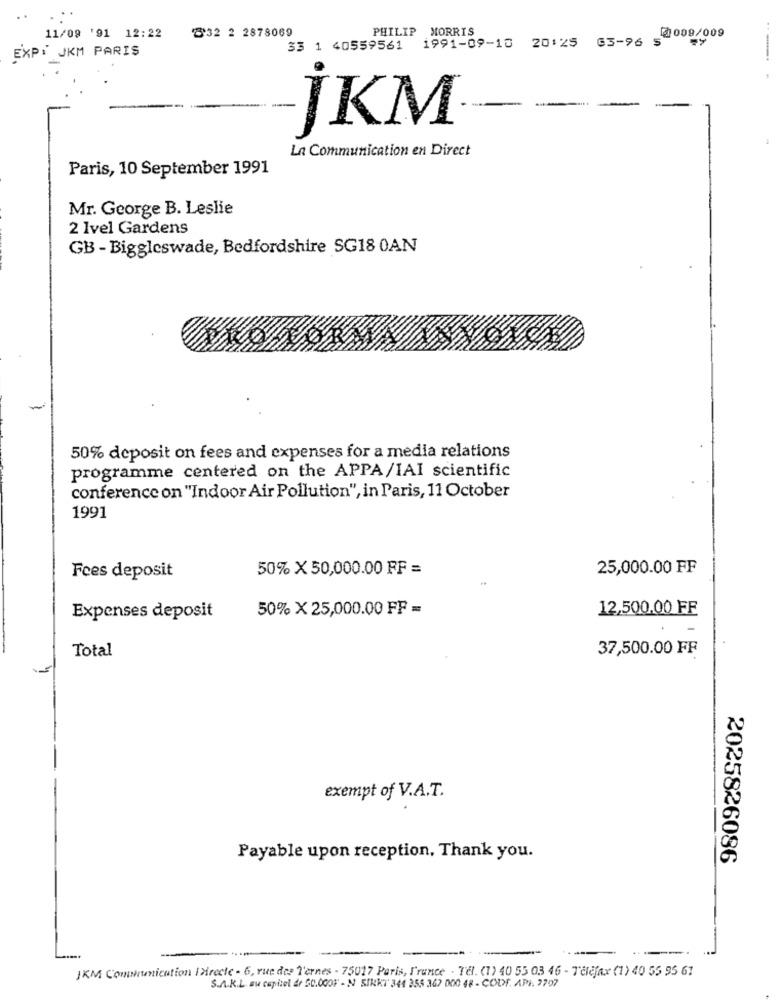
PHILIP
11/09 '91 12:22
832 2 2878069
1991-09-10 20:25 63-96 5
MORRIS
@009/009
33 1 40559561
EXPİ JKM PARIŞ
İKM
La Communication en Direct
Paris, 10 September 1991
Mr. George B. Leslie
2 Ivel Gardens
GB - Biggleswade, Bedfordshire SG18 0AN
50% deposit on fees and expenses for a media relations
programme centered on the APPA/IAI scientific
conference on "Indoor Air Pollution", in Paris, 11 October
1991
50% X 50,000.00 FF =
25,000.00 FF
Fees deposit
50% X 25,000.00 FF =
12,500.00 FF
Expenses deposit
Total
37,500.00 FF
exempt of V.A.T.
Payable upon reception, Thank you.
2025826086
JKM Communication [ directe - 6, rue des T'ernes - 75017 Paris, France - Tel. (1) 40 55 03 46 - Telefax (1) 40 55 95 67
S.A.R.L. au capital de 50.00OF - N SINKT 341 355 362 000 48 - COD. API. 2707